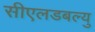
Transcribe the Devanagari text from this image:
सीएलडबल्यु